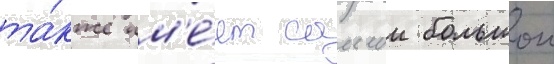
та́кже им'е́ет самыи большои